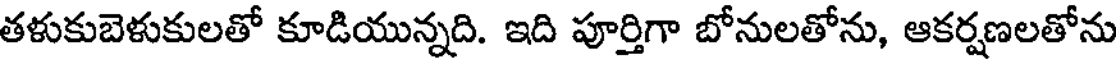
తళుకుబెళుకులతో కూడియున్నది. ఇది పూర్తిగా బోనులతోను, ఆకర్షణలతోను